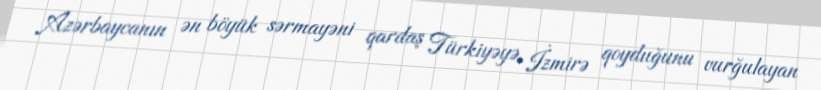
Azərbaycanın ən böyük sərmayəni qardaş Türkiyəyə, İzmirə qoyduğunu vurğulayan